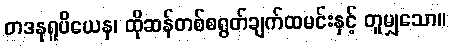
တဒနုရူပိယေန၊ ထိုဆန်တစ်စရွတ်ချက်ထမင်းနှင့် တူမျှသော။